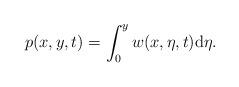
LaTeX: \begin{align*}p(x,y,t)=\int_0^y w(x,\eta,t){\rm d}\eta.\end{align*}